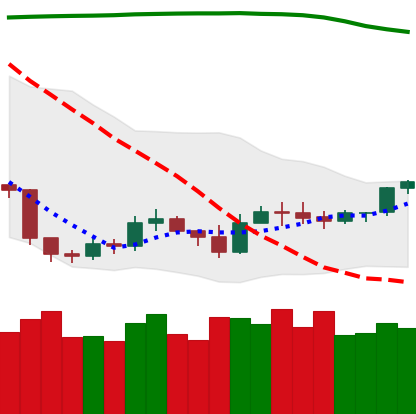
Ticker: ETH-USD
Chart end date: 2019-09-15
Forward return: 14.891%
Label: up_7plus